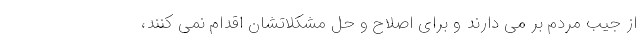
از جیب مردم بر می دارند و برای اصلاح و حل مشکلاتشان اقدام نمی کنند،